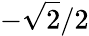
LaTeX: -{\sqrt{2}}/2